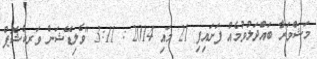
މަޝްވަރާ ބައްދަލުވުމެއް ފަށައިފި 21 މައި 2014 : 3:11 "ވެލިޑޭޝަން ވަރކްޝޮޕް